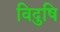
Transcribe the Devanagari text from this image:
विदुषि